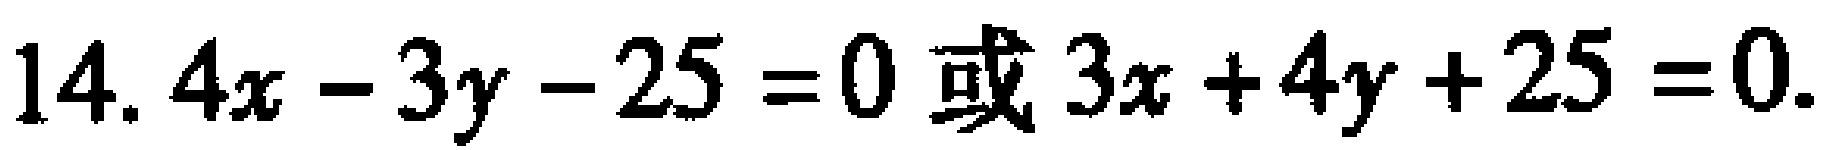
14. \(4x - 3y - 25 = 0\) 或 \(3x + 4y + 25 = 0\)